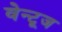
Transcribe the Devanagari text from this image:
वेन्टूज